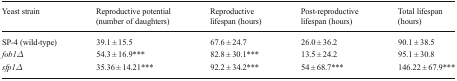
<table><thead><tr><td><b>Yeast strain</b></td><td><b>Reproductive potential (number of daughters)</b></td><td><b>Reproductive lifespan (hours)</b></td><td><b>Post-reproductive lifespan (hours)</b></td><td><b>Total lifespan (hours)</b></td></tr></thead><tbody><tr><td>SP-4 (wild-type)</td><td>39.1 ± 15.5</td><td>67.6 ± 24.7</td><td>26.0 ± 36.2</td><td>90.1 ± 38.5</td></tr><tr><td><i>fob1Δ</i></td><td>54.3 ± 16.9***</td><td>82.8 ± 30.1***</td><td>13.5 ± 24.2</td><td>95.1 ± 30.8</td></tr><tr><td><i>sfp1Δ</i></td><td>35.36 ± 14.21***</td><td>92.2 ± 34.2***</td><td>54 ± 68.7***</td><td>146.22 ± 67.9***</td></tr></tbody></table>